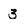
Character: 3